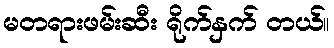
မတရားဖမ်းဆီး ရိုက်နှက် တယ်။